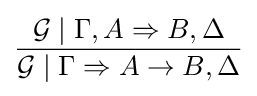
{\frac {{\mathcal {G}}\mid \Gamma ,A\Rightarrow B,\Delta }{{\mathcal {G}}\mid \Gamma \Rightarrow A\to B,\Delta }}